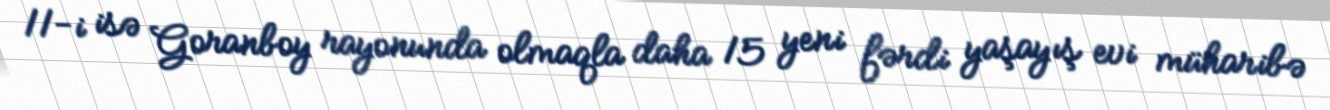
11-i isə Goranboy rayonunda olmaqla daha 15 yeni fərdi yaşayış evi müharibə